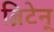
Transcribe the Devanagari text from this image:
ब्रिटेन्